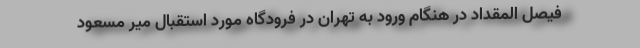
فیصل المقداد در هنگام ورود به تهران در فرودگاه مورد استقبال میر مسعود